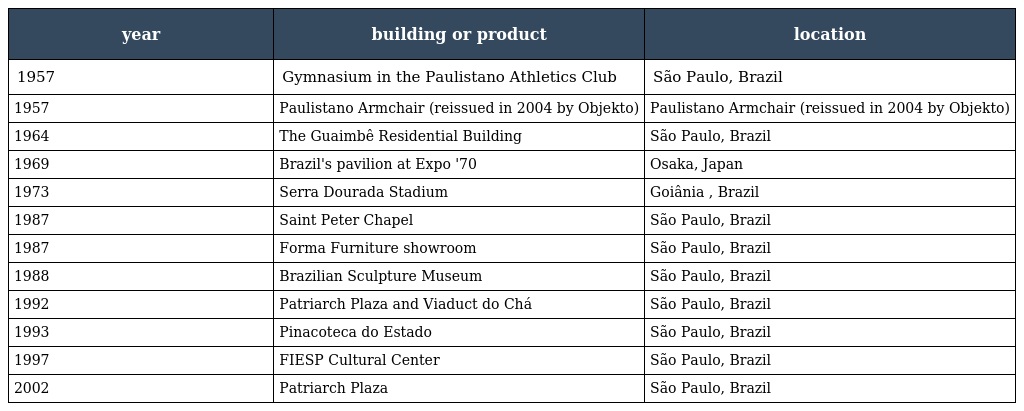
| year | building or product | location |
 | --- | --- | --- |
 | 1957 | Gymnasium in the Paulistano Athletics Club | São Paulo, Brazil |
 | 1957 | Paulistano Armchair (reissued in 2004 by Objekto) | Paulistano Armchair (reissued in 2004 by Objekto) |
 | 1964 | The Guaimbê Residential Building | São Paulo, Brazil |
 | 1969 | Brazil's pavilion at Expo '70 | Osaka, Japan |
 | 1973 | Serra Dourada Stadium | Goiânia , Brazil |
 | 1987 | Saint Peter Chapel | São Paulo, Brazil |
 | 1987 | Forma Furniture showroom | São Paulo, Brazil |
 | 1988 | Brazilian Sculpture Museum | São Paulo, Brazil |
 | 1992 | Patriarch Plaza and Viaduct do Chá | São Paulo, Brazil |
 | 1993 | Pinacoteca do Estado | São Paulo, Brazil |
 | 1997 | FIESP Cultural Center | São Paulo, Brazil |
 | 2002 | Patriarch Plaza | São Paulo, Brazil |